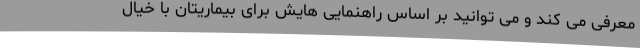
معرفی می کند و می توانید بر اساس راهنمایی هایش برای بیماریتان با خیال